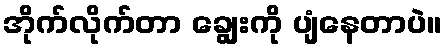
အိုက်လိုက်တာ ချွေးကို ပျံနေတာပဲ။